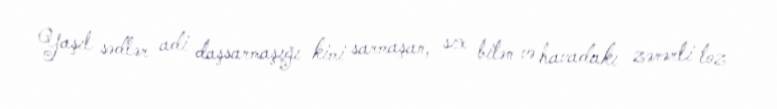
Yaşıl sədlər adi daşsarmaşığı kimi sarmaşan, sıx bitən və havadakı zərərli toz